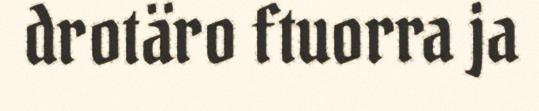
drotäro ftuorra ja